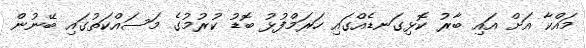
މައްކާ އަށް އައި ބާރު ކޮޅިގަނޑެއްގައި ހަރަމްފުޅު ބޮޑު ކުރުމުގެ މަސައްކަތުގައި ބޭނުން